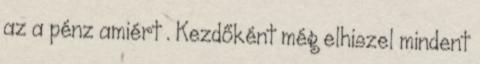
az a pénz amiért . Kezdőként még elhiszel mindent